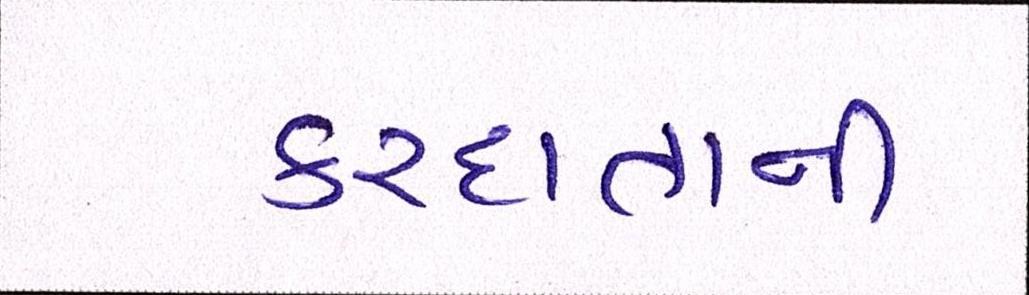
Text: કરદાતાની